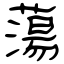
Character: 蕩